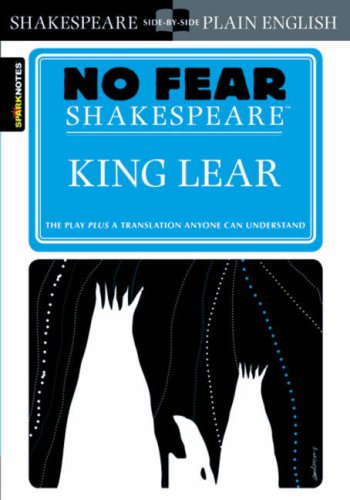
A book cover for King Lear (No Fear Shakespeare); SparkNotes; Literature & Fiction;